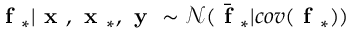
\textbf { f } _ { * } | \textbf { x } , \textbf { x } _ { * } , \textbf { y } \sim \mathcal { N } ( \bar { \textbf { f } } _ { * } | c o v ( \textbf { f } _ { * } ) )